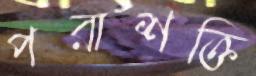
পরাশক্তি